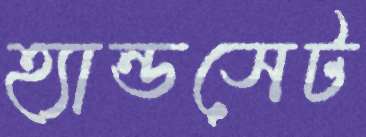
হ্যান্ডসেট